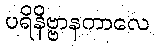
ပရိနိဗ္ဗာနကာလေ